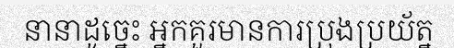
នានាដូច្នេះ អ្នកគួរមានការប្រុងប្រយ័ត្ន